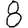
Digit: 8